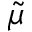
\tilde { \mu }